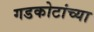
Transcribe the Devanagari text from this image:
गडकोटांच्या